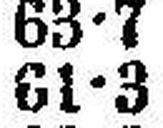
61•3